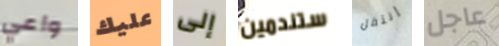
واعي عليك إلى ستندمين إنتقل عاجل